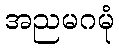
အညမဂမုံ